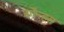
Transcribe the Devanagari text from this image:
बर्गेन्हस